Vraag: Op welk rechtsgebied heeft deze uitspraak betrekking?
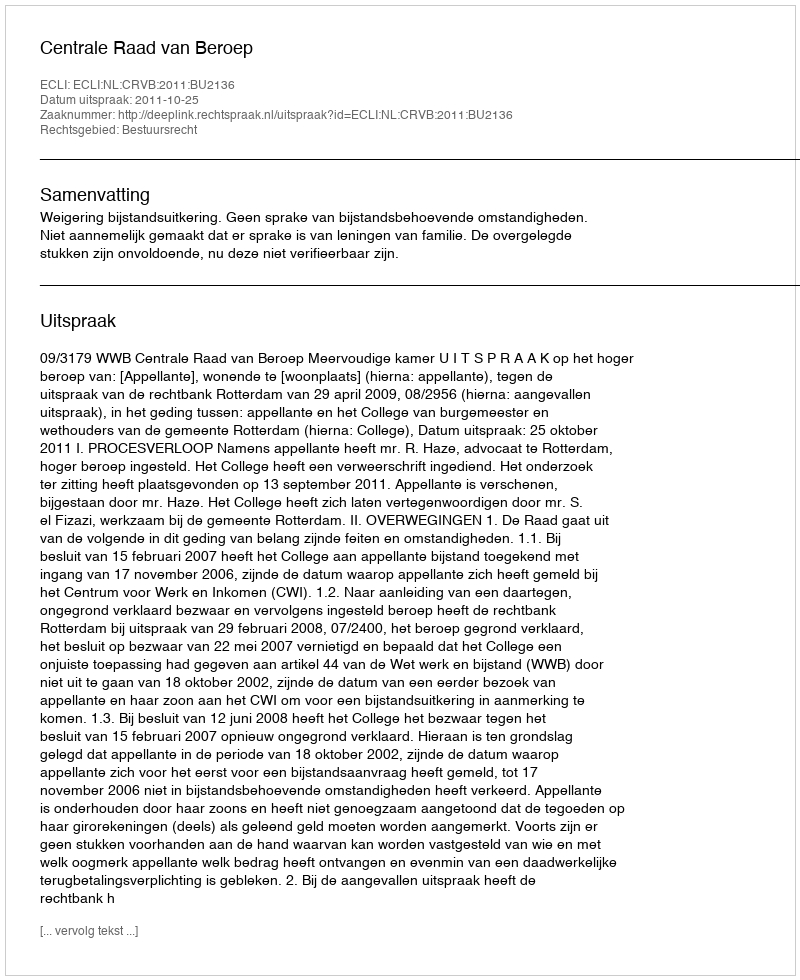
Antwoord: Bestuursrecht